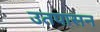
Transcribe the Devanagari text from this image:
उतपासन